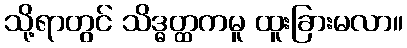
သို့ရာတွင် သိဒ္ဓတ္ထကမူ ထူးခြားမလာ။